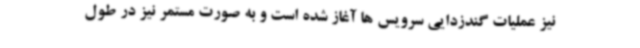
نیز عملیات گندزدایی سرویس ها آغاز شده است و به صورت مستمر نیز در طول